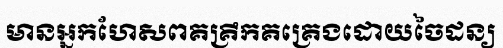
មានអ្នកហែសពគគ្រឹកគគ្រេងដោយចៃដន្យ